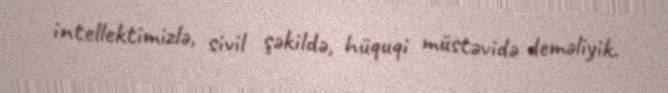
intellektimizlə, sivil şəkildə, hüquqi müstəvidə deməliyik.